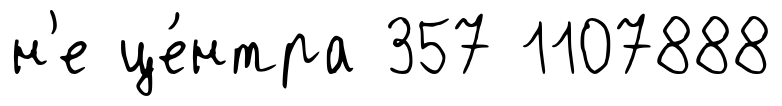
н'е це́нтра 357 1107888